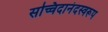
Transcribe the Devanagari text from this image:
सच्चिदानंदस्वरूप